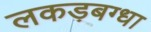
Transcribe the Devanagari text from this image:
लकड़बग्धा